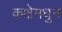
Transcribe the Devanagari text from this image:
कक्षेमधुन